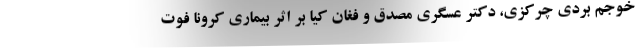
خوجم بردی چرکزی، دکتر عسگری مصدق و فغان کیا بر اثر بیماری کرونا فوت